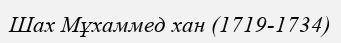
Шах Мұхаммед хан (1719-1734)